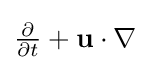
{\textstyle {\frac {\partial }{\partial t}}+\mathbf {u} \cdot \nabla }